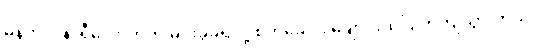
မနက် ၇ နာရီလောက်က မိုင်းခွဲခံရလို့ စက်ခေါင်း ချောင်းထဲပြုတ်ကျသွားတယ်။